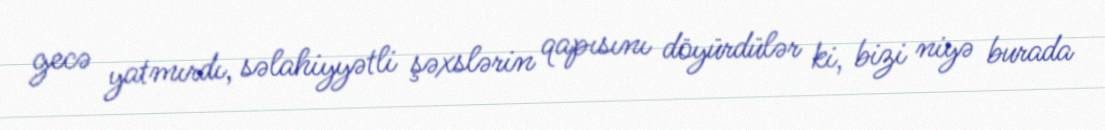
gecə yatmırdı, səlahiyyətli şəxslərin qapısını döyürdülər ki, bizi niyə burada